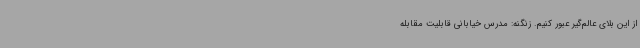
از این بلای عالم‌گیر عبور کنیم. زنگنه: مدرس خیابانی قابلیت مقابله